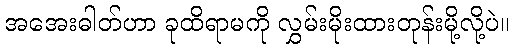
အအေးဓါတ်ဟာ ခုထိရာမကို လွှမ်းမိုးထားတုန်းမို့လို့ပဲ။